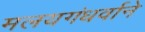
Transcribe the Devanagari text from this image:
मलयगंधर्वाने